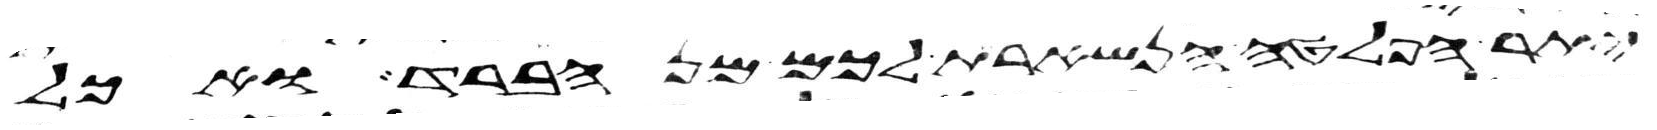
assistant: יתר הפלטה הנשארת לכם מן הברד ואכל